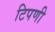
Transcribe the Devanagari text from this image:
टिपणी